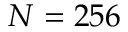
N = 2 5 6